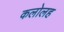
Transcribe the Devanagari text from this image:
कलोलह